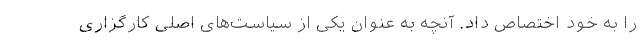
را به خود اختصاص داد. آنچه به عنوان یکی از سیاست‌های اصلی کارگزاری